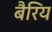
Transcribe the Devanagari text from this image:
बैरिय